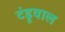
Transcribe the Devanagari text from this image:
टंडूवाल